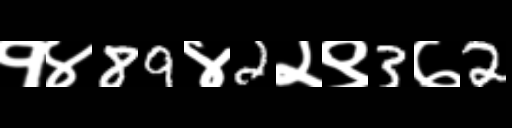
Text: १४89४2२९3७2